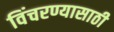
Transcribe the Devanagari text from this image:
विंचरण्यासाठी